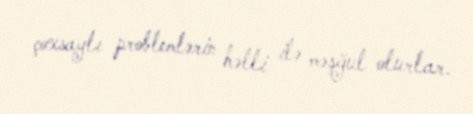
çoxsaylı problemlərin həlli ilə məşğul olurlar.